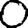
Digit: 0